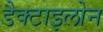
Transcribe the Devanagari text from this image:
डैक्टाइलोन